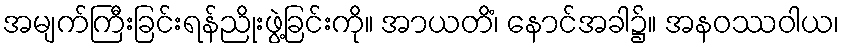
အမျက်ကြီးခြင်းရန်ညိုးဖွဲ့ခြင်းကို။ အာယတိံ၊ နောင်အခါ၌။ အနဝဿဝါယ၊